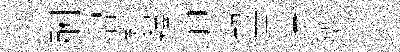
酬摺碧釋卸勒贾呵僊